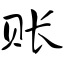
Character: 账